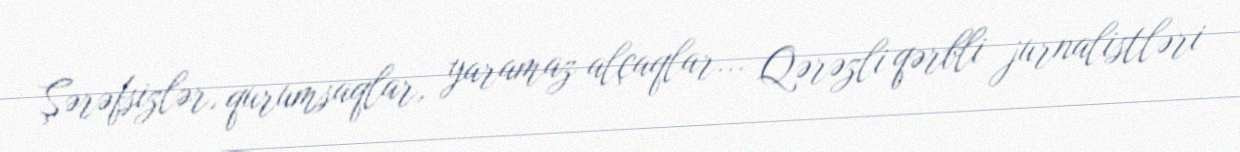
Şərəfsizlər, qurumsaqlar, yaramaz alçaqlar... Qərəzli qərbli jurnalistləri